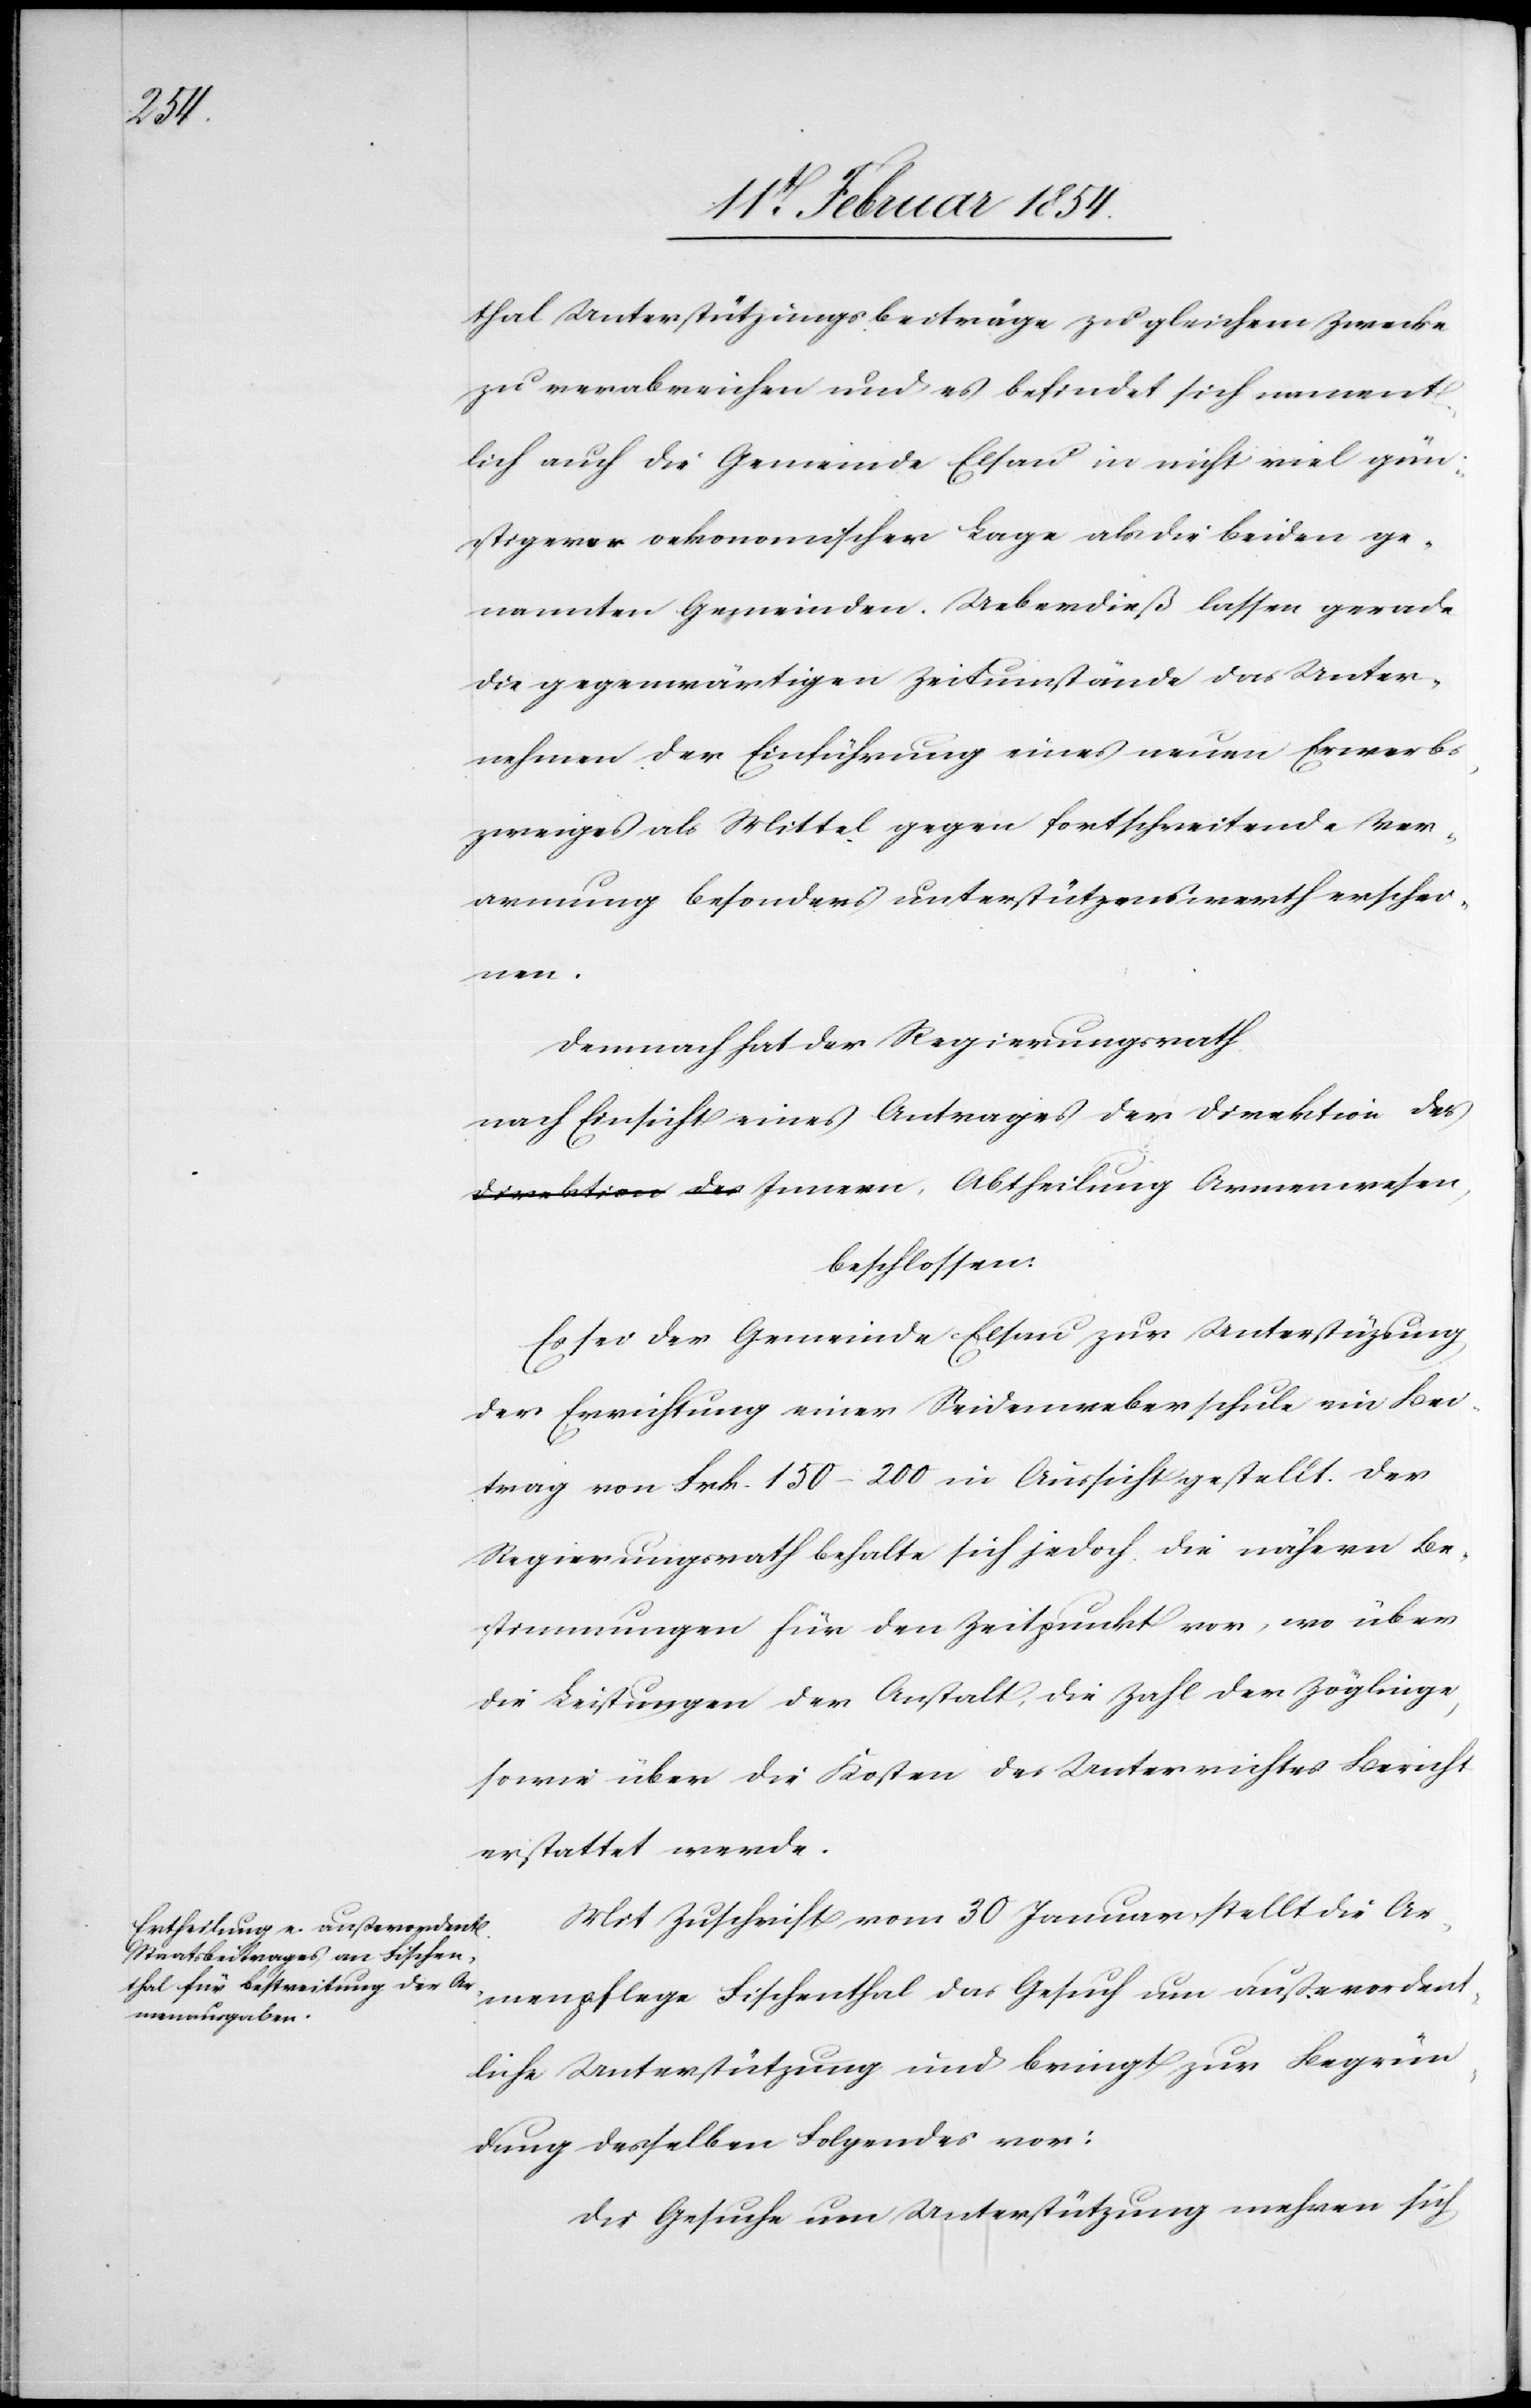
thal Unterstützungsbeiträge zu gleichem Zwecke
zu verabreichen und es befindet sich nament¬
lich auch die Gemeinde Elsau in nicht viel gün¬
stigerer oekonomischer Lage als die beiden ge¬
nannten Gemeinden. Ueberdieß lassen gerade
die gegenwärtigen Zeitumstände das Unter¬
nehmen der Einführung eines neuen Erwerbs¬
zweiges als Mittel gegen fortschreitende Ver¬
armung besonders unterstützenswerth erschei¬
Innern,
Demnach hat der Regierungsrath
nach Einsicht eines Antrages der Direktion des
beschlossen:
Es sei der Gemeinde Elsau zur Unterstützung
der Errichtung einer Seidenweberschule ein Bei¬
trag von Frk. 150–200 in Aussicht gestellt. Der
Regierungsrath behalte sich jedoch die nähern Be¬
stimmungen für den Zeitpunkt vor, wo über
die Leistungen der Anstalt, die Zahl der Zöglinge,
sowie über die Kosten des Unterrichtes Bericht
erstattet werde.
Mit Zuschrift vom 30 Januar stellt die Ar¬
menpflege Fischenthal das Gesuch um außerordent¬
liche Unterstützung und bringt zur Begrün¬
dung desselben Folgendes vor:
Die Gesuche um Unterstützung mehren sich